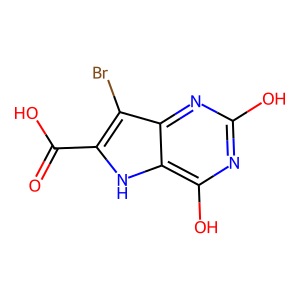
SMILES: O=C(O)c1[nH]c2c(O)nc(O)nc2c1Br
Inhibits HIV replication: No